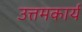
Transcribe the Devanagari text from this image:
उत्तमकार्य